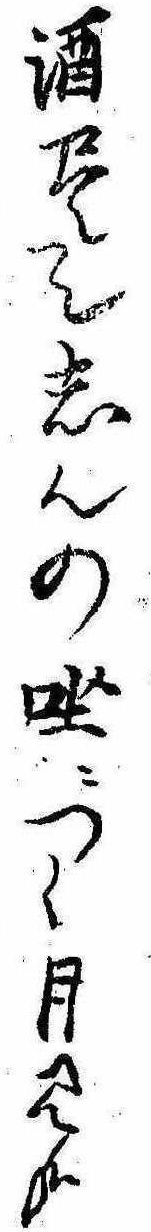
酒尽てしんの坐につく月見哉